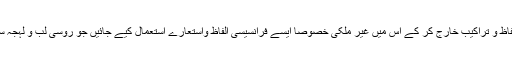
ثقیل بے لطف لغات اور بازاری الفاظ و تراکیب خارج کر کے اس میں غیر ملکی خصوصاً ایسے فرانسیسی الفاظ واستعارے استعمال کیے جائیں جو روسی لب و لہجہ سے قربت یا ہم آہنگی رکھتے ہوں۔